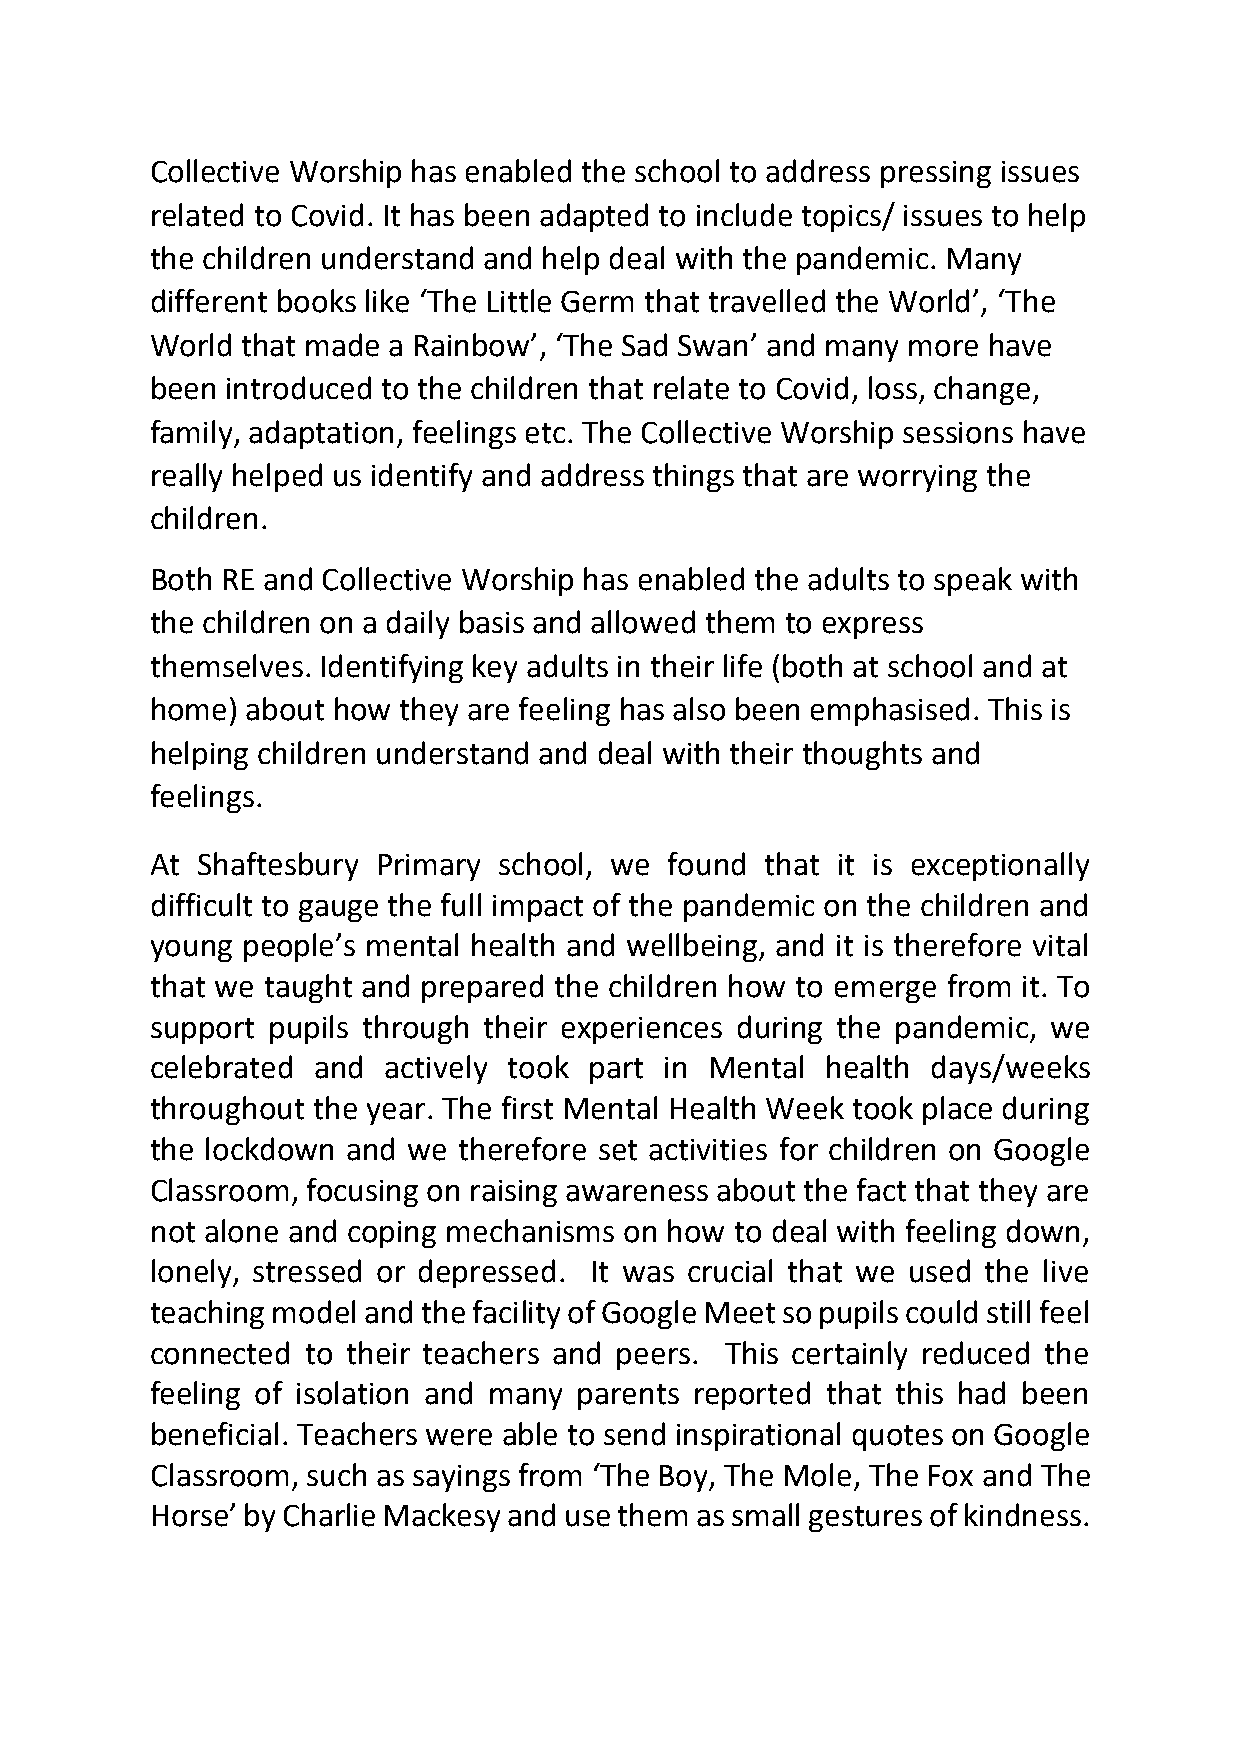
Collective Worship has enabled the school to address pressing issues
 related to Covid. It has been adapted to include topics/ issues to help
 the children understand and help deal with the pandemic. Many
 different books like ‘The Little Germ that travelled the World’, ‘The
 World that made a Rainbow’, ‘The Sad Swan’ and many more have
 been introduced to the children that relate to Covid, loss, change,
 family, adaptation, feelings etc. The Collective Worship sessions have
 really helped us identify and address things that are worrying the
 children.
 Both RE and Collective Worship has enabled the adults to speak with
 the children on a daily basis and allowed them to express
 themselves. Identifying key adults in their life (both at school and at
 home) about how they are feeling has also been emphasised. This is
 helping children understand and deal with their thoughts and
 feelings.
 At Shaftesbury Primary school, we found  that it is exceptionally
 difficult to gauge the full impact of the pandemic on the children and
 young people’s mental health and wellbeing, and it is therefore vital
 that we taught and prepared the children how to emerge from it. To
 support pupils through their experiences during the pandemic, we
 celebrated and actively took part in Mental  health days/weeks
 throughout the year. The first Mental Health Week took place during
 the lockdown and we therefore set activities for children on Google
 Classroom, focusing on raising awareness about the fact that they are
 not alone and coping mechanisms on how to deal with feeling down,
 lonely, stressed or depressed. It was crucial that we used the live
 teaching model and the facility of Google Meet so pupils could still feel
 connected to their teachers and peers. This certainly reduced the
 feeling of isolation and many parents reported that this had been
 beneficial. Teachers were able to send inspirational quotes on Google
 Classroom, such as sayings from ‘The Boy, The Mole, The Fox and The
 Horse’ by Charlie Mackesy and use them as small gestures of kindness.